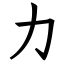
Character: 力